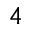
4